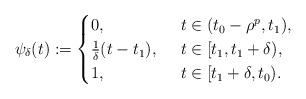
LaTeX: \begin{align*}\psi_\delta(t):=\begin{cases}0,&\,\,\,t \in (t_0-\rho^p, t_1), \\\frac{1}{\delta}(t-t_1), &\,\,\,t \in [t_1, t_1+\delta),\\1,&\,\,\,t \in [t_1+\delta, t_0).\end{cases}\end{align*}